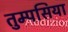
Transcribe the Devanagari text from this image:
तुम्पसिया